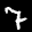
Label: 7